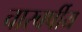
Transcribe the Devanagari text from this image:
चारवर्षीय